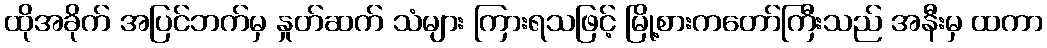
ထိုအခိုက် အပြင်ဘက်မှ နှုတ်ဆက် သံများ ကြားရသဖြင့် မြို့စားကတော်ကြီးသည် အနီးမှ ထကာ